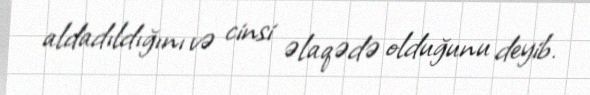
aldadıldığını və cinsi əlaqədə olduğunu deyib.